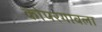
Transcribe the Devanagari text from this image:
कोपरगावला